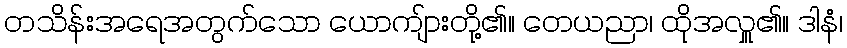
တသိန်းအရေအတွက်သော ယောကျ်ားတို့၏။ တေယညာ၊ ထိုအလှူ၏။ ဒါနံ၊